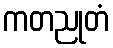
ကတညုတံ